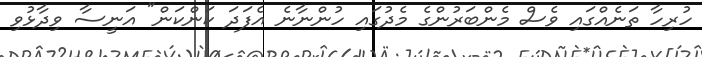
ހުރިހާ ތަނެއްގައި ވެސް މެންބަރުންގެ މެދުގައި ހުންނާނެ އެފަދަ ކަންކަން" އަނީސާ ވިދާޅުވި